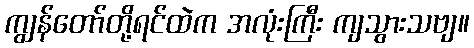
ကျွန်တော်တို့ရင်ထဲက အလုံးကြီး ကျသွားသဗျ။